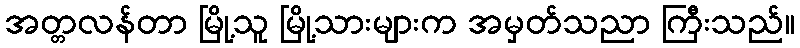
အတ္တလန်တာ မြို့သူ မြို့သားများက အမှတ်သညာ ကြီးသည်။